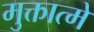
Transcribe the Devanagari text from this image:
मुक्तात्मे